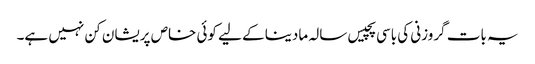
یہ بات گروزنی کی باسی پچیس سالہ مادینا کے لیے کوئی خاص پریشان کن نہیں ہے۔